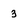
Character: 3